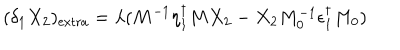
( \delta _ { 1 } X _ { 2 } ) _ { \mathrm { e x t r a } } = \lambda ( M ^ { - 1 } \eta _ { 1 } ^ { \dagger } M X _ { 2 } - X _ { 2 } M _ { 0 } ^ { - 1 } \epsilon _ { 1 } ^ { \dagger } M _ { 0 } )